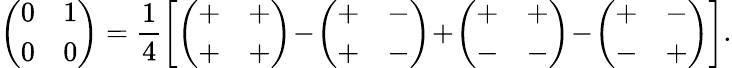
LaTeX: \left(\begin{array}{ll}{0}&{1}\\ {0}&{0}\end{array}\right)=\frac 14\left[\left(\begin{array}{ll}{+}&{+}\\ {+}&{+}\end{array}\right)\! -\! \left(\begin{array}{ll}{+}&{-}\\ {+}&{-}\end{array}\right)\! +\! \left(\begin{array}{ll}{+}&{+}\\ {-}&{-}\end{array}\right)\! -\! \left(\begin{array}{ll}{+}&{-}\\ {-}&{+}\end{array}\right)\right].